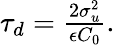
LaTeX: \begin{array}{r}{\tau_{d}=\frac{2\sigma_{u}^{2}}{\epsilon C_{0}}.}\end{array}